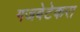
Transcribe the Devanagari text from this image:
गजबेटेकरा